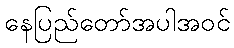
နေပြည်တော်အပါအဝင်